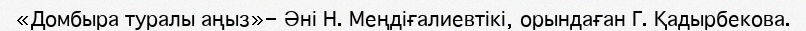
«Домбыра туралы аңыз»- Әні Н. Меңдіғалиевтікі, орындаған Г. Қадырбекова.